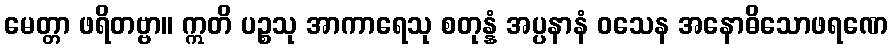
မေတ္တာ ဖရိတဗ္ဗာ။ ဣတိ ပဉ္စသု အာကာရေသု စတုန္နံ အပ္ပနာနံ ဝသေန အနောဓိသောဖရဏေ